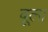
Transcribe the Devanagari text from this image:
बूला